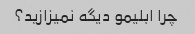
چرا ابلیمو دیگه نمیزازید؟